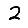
Digit: 2